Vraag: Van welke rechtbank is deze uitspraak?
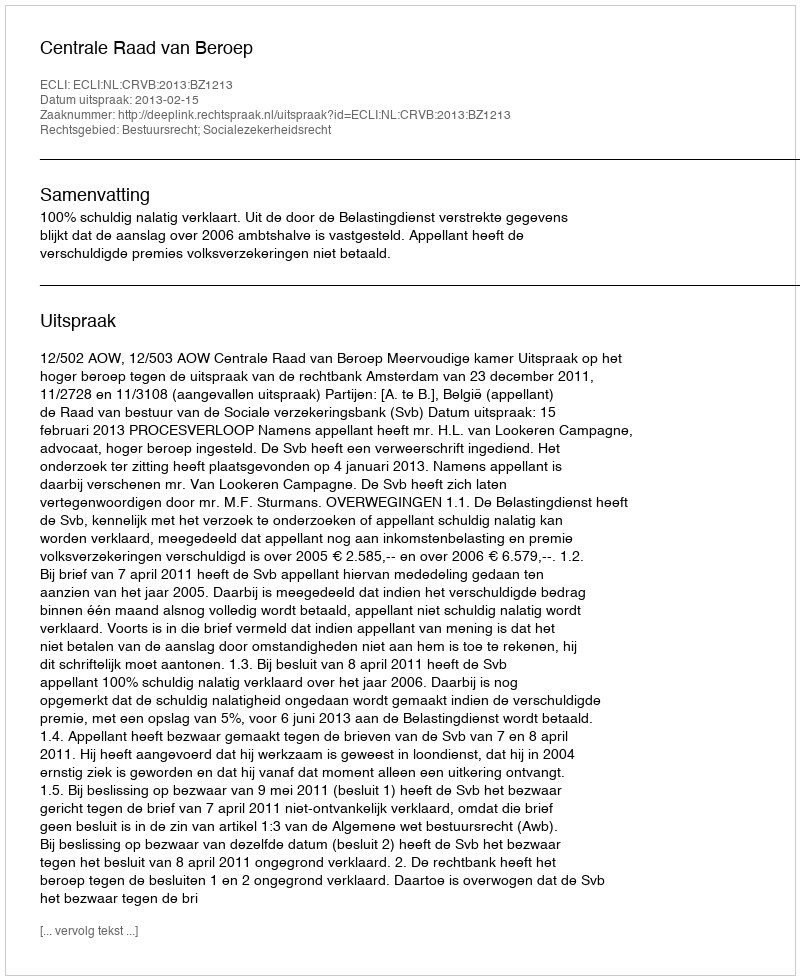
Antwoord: Centrale Raad van Beroep